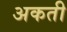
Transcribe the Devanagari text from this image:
अकती